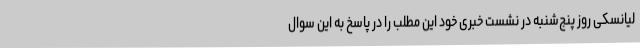
لیانسکی روز پنج‌شنبه در نشست خبری خود این مطلب را در پاسخ به این سوال